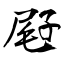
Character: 屘